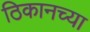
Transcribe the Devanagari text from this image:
ठिकानच्या